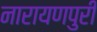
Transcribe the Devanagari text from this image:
नारायणपुरी